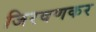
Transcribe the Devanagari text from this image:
जिरवणकर